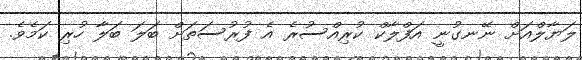
ލަޔާލްއަށް ނޭނގުނީ އަފްލާކް ކުރިއްސުރެ އެ ފުރުސަތަށް ބަލަ ބަލާ ހުރި ކަމެވެ.